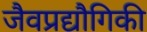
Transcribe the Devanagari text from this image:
जैवप्रद्यौगिकी